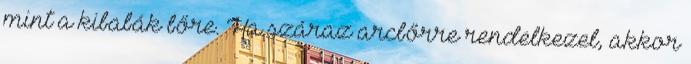
mint a kibabák bőre. Ha száraz arcbőrre rendelkezel, akkor